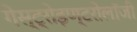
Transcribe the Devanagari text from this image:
गेस्ट्रोइण्टरोलॉजी